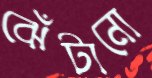
ঝেঁটানো